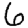
Digit: 6